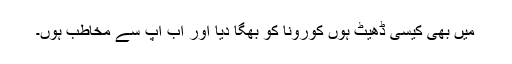
میں بھی کیسی ڈھیٹ ہوں کورونا کو بھگا دیا اور اب آپ سے مخاطب ہوں۔